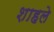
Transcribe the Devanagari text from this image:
शाहले